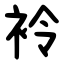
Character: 袊